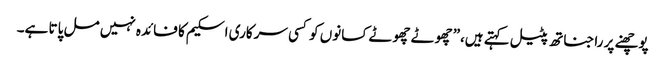
پوچھنے پر راجناتھ پٹیل کہتے ہیں،”چھوٹے چھوٹے کسانوں کو کسی سرکاری اسکیم کا فائدہ نہیں مل پاتا ہے۔